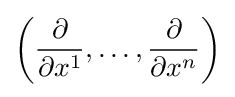
\left({\frac {\partial }{\partial x^{1}}},\ldots ,{\frac {\partial }{\partial x^{n}}}\right)